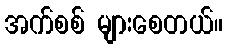
အက်စစ် များစေတယ်။